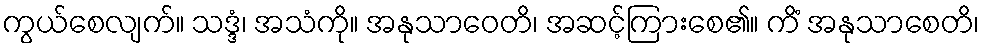
ကွယ်စေလျက်။ သဒ္ဒံ၊ အသံကို။ အနုသာဝေတိ၊ အဆင့်ကြားစေ၏။ ကိံ အနုသာစေတိ၊